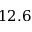
1 2 . 6